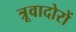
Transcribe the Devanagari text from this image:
त्रूवादोरों